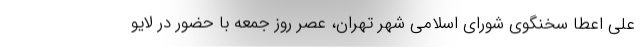
علی اعطا سخنگوی شورای اسلامی شهر تهران، عصر روز جمعه با حضور در لایو